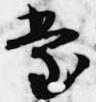
堂